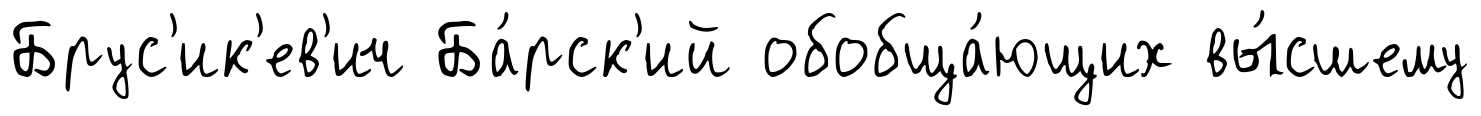
Брус'ик'ев'ич Ба́рск'ий обобща́ющих вы́сшему